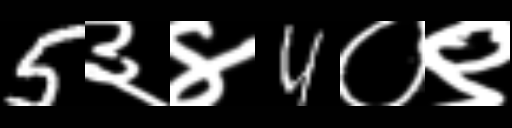
Text: 5३४4०९